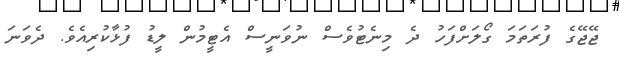
ޖޭޖޭގެ ފުރަތަމަ ގޯލަށްފަހު ދެ މިނެޓުވެސް ނުވަނީސް އެޓީމުން ލީޑު ފުޅާކުރިއެވެ. ދެވަނަ